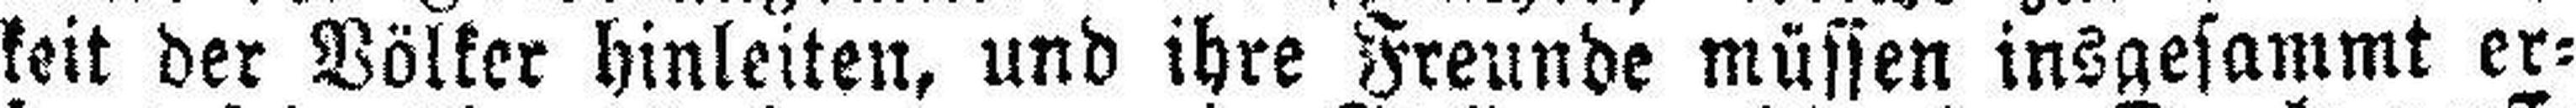
keit der Völker hinleiten, und ihre Freunde müssen insgesammt er¬